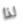
لذا